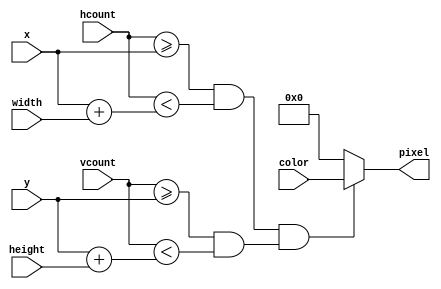
`timescale 1ns / 1ps
//////////////////////////////////////////////////////////////////////////////////
// Company: 
// Engineer: 
// 
// Design Name: 
// Module Name:    blob 
// Project Name: 
// Target Devices: 
// Tool versions: 
// Description: 
//
// Dependencies: 
//
// Revision: 
// Revision 0.01 - File Created
// Additional Comments: 
//
//////////////////////////////////////////////////////////////////////////////////
module blob 
   (input [10:0] x,hcount,width,
    input [10:0] y,vcount,height,
	 input [7:0] color,
    output reg [7:0] pixel);

   always @ * begin
      if ((hcount >= x && hcount < (x+width)) &&
		(vcount >= y && vcount < (y+height)))
			pixel = color;
      else pixel = 0;
   end
endmodule